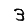
Digit: 3